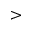
>